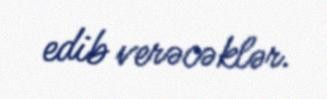
edib verəcəklər.